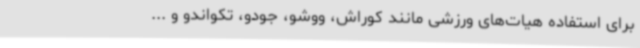
برای استفاده هیات‌های ورزشی مانند کوراش، ووشو، جودو، تکواندو و ...